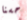
حسنا